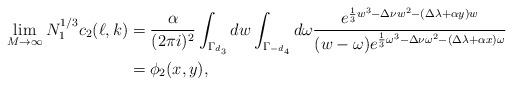
LaTeX: \begin{align*}\lim_{M\to\infty}N_1^{1/3}c_2(\ell,k)&=\frac{\alpha}{(2\pi i)^2}\int_{\Gamma_{d_3}}dw\int_{\Gamma_{-d_4}}d\omega\frac{e^{\frac 13w^3-\Delta\nu w^2-(\Delta\lambda+\alpha y)w}}{(w-\omega)e^{\frac 13\omega^3-\Delta\nu \omega^2-(\Delta\lambda+\alpha x)\omega}}\\&=\phi_2(x,y),\end{align*}